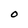
Character: O